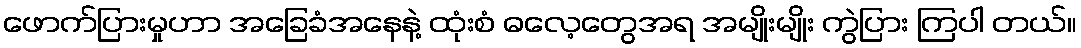
ဖောက်ပြားမှုဟာ အခြေခံအနေနဲ့ ထုံးစံ ဓလေ့တွေအရ အမျိုးမျိုး ကွဲပြား ကြပါ တယ်။